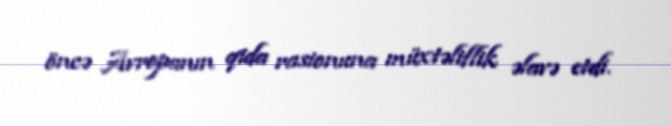
öncə Avropanın qida rasionuna müxtəliflik əlavə etdi.